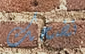
نضحك